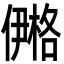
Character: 鿚